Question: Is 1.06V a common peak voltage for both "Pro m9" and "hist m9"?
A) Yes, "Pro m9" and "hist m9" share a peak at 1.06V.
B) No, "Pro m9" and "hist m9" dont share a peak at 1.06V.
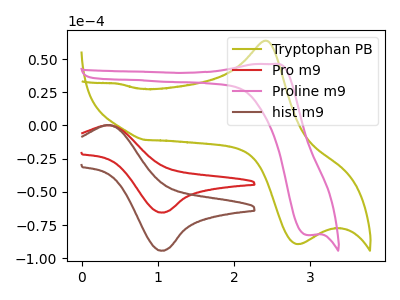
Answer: <think>The olive curve "Tryptophan PB" has an anodic peak at (2.40V, 63.85uA) and a cathodic peak at (2.80V, -89.15uA). The red curve "Pro m9" has an anodic peak at (0.35V, 0.15uA) and a cathodic peak at (1.05V, -65.50uA). The pink curve "Proline m9" has an anodic peak at (2.50V, 46.30uA) and a cathodic peak at (2.95V, -82.50uA). The brown curve "hist m9" has an anodic peak at (0.35V, 0.20uA) and a cathodic peak at (1.05V, -94.20uA).</think>
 <answer>A) Yes, "Pro m9" and "hist m9" share a peak at 1.06V.</answer>
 <eval>A</eval>